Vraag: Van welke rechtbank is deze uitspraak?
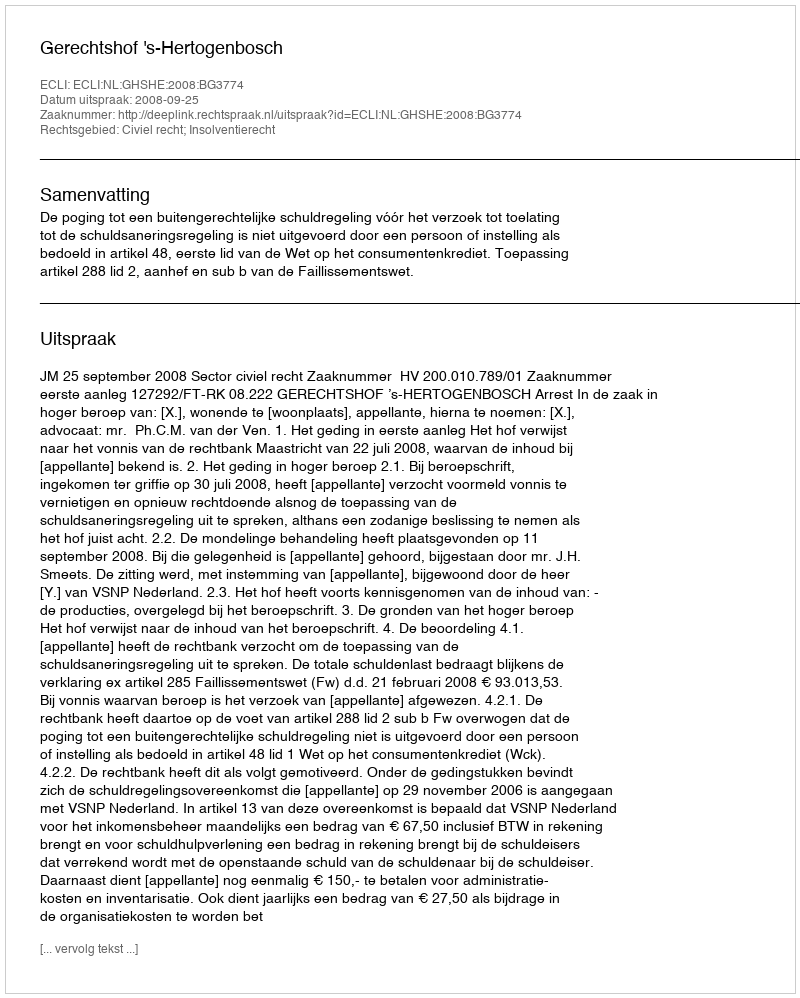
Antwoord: Gerechtshof 's-Hertogenbosch